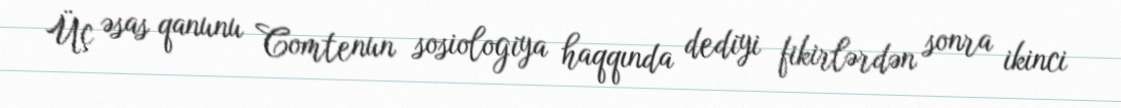
Üç əsas qanunu Comtenun sosiologiya haqqında dediyi fikirlərdən sonra ikinci